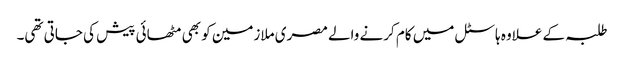
طلبہ کے علاوہ ہاسٹل میں کام کرنے والے مصری ملازمین کو بھی مٹھائی پیش کی جاتی تھی۔